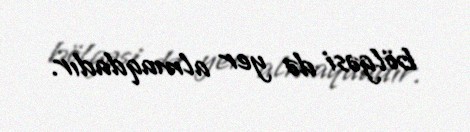
bölgəsi də yer almaqdadır.